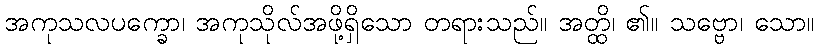
အကုသလပက္ခော၊ အကုသိုလ်အဖို့ရှိသော တရားသည်။ အတ္ထိ၊ ၏။ သဗ္ဗော၊ သော။